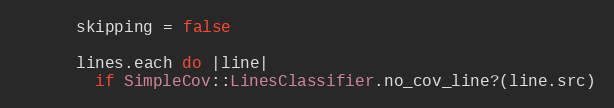
Language: Ruby
      skipping = false

      lines.each do |line|
        if SimpleCov::LinesClassifier.no_cov_line?(line.src)